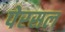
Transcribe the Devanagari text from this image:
पेरसल